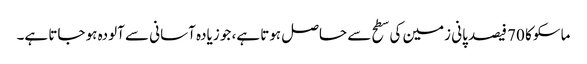
ماسکو کا 70 فیصد پانی زمین کی سطح سے حاصل ہوتا ہے، جو زیادہ آسانی سے آلودہ ہو جاتا ہے۔